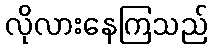
လိုလားနေကြသည်